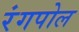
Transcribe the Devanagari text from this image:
रंगपोल